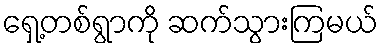
ရှေ့တစ်ရွာကို ဆက်သွားကြမယ်